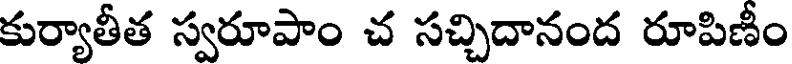
కుర్యాతీత స్వరూపాం చ సచ్చిదానంద రూపిణీం